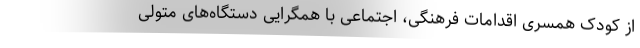
از کودک همسری اقدامات فرهنگی، اجتماعی با همگرایی دستگاه‌های متولی